Bréfritari: Stefanía Siggeirsdóttir
Viðtakandi: Páll Pálsson
Dagsetning: A-1868-07-06
Skrifað á: Hraungerði  Árn.
Stefanía var bróðurdóttir Páls Pálssonar

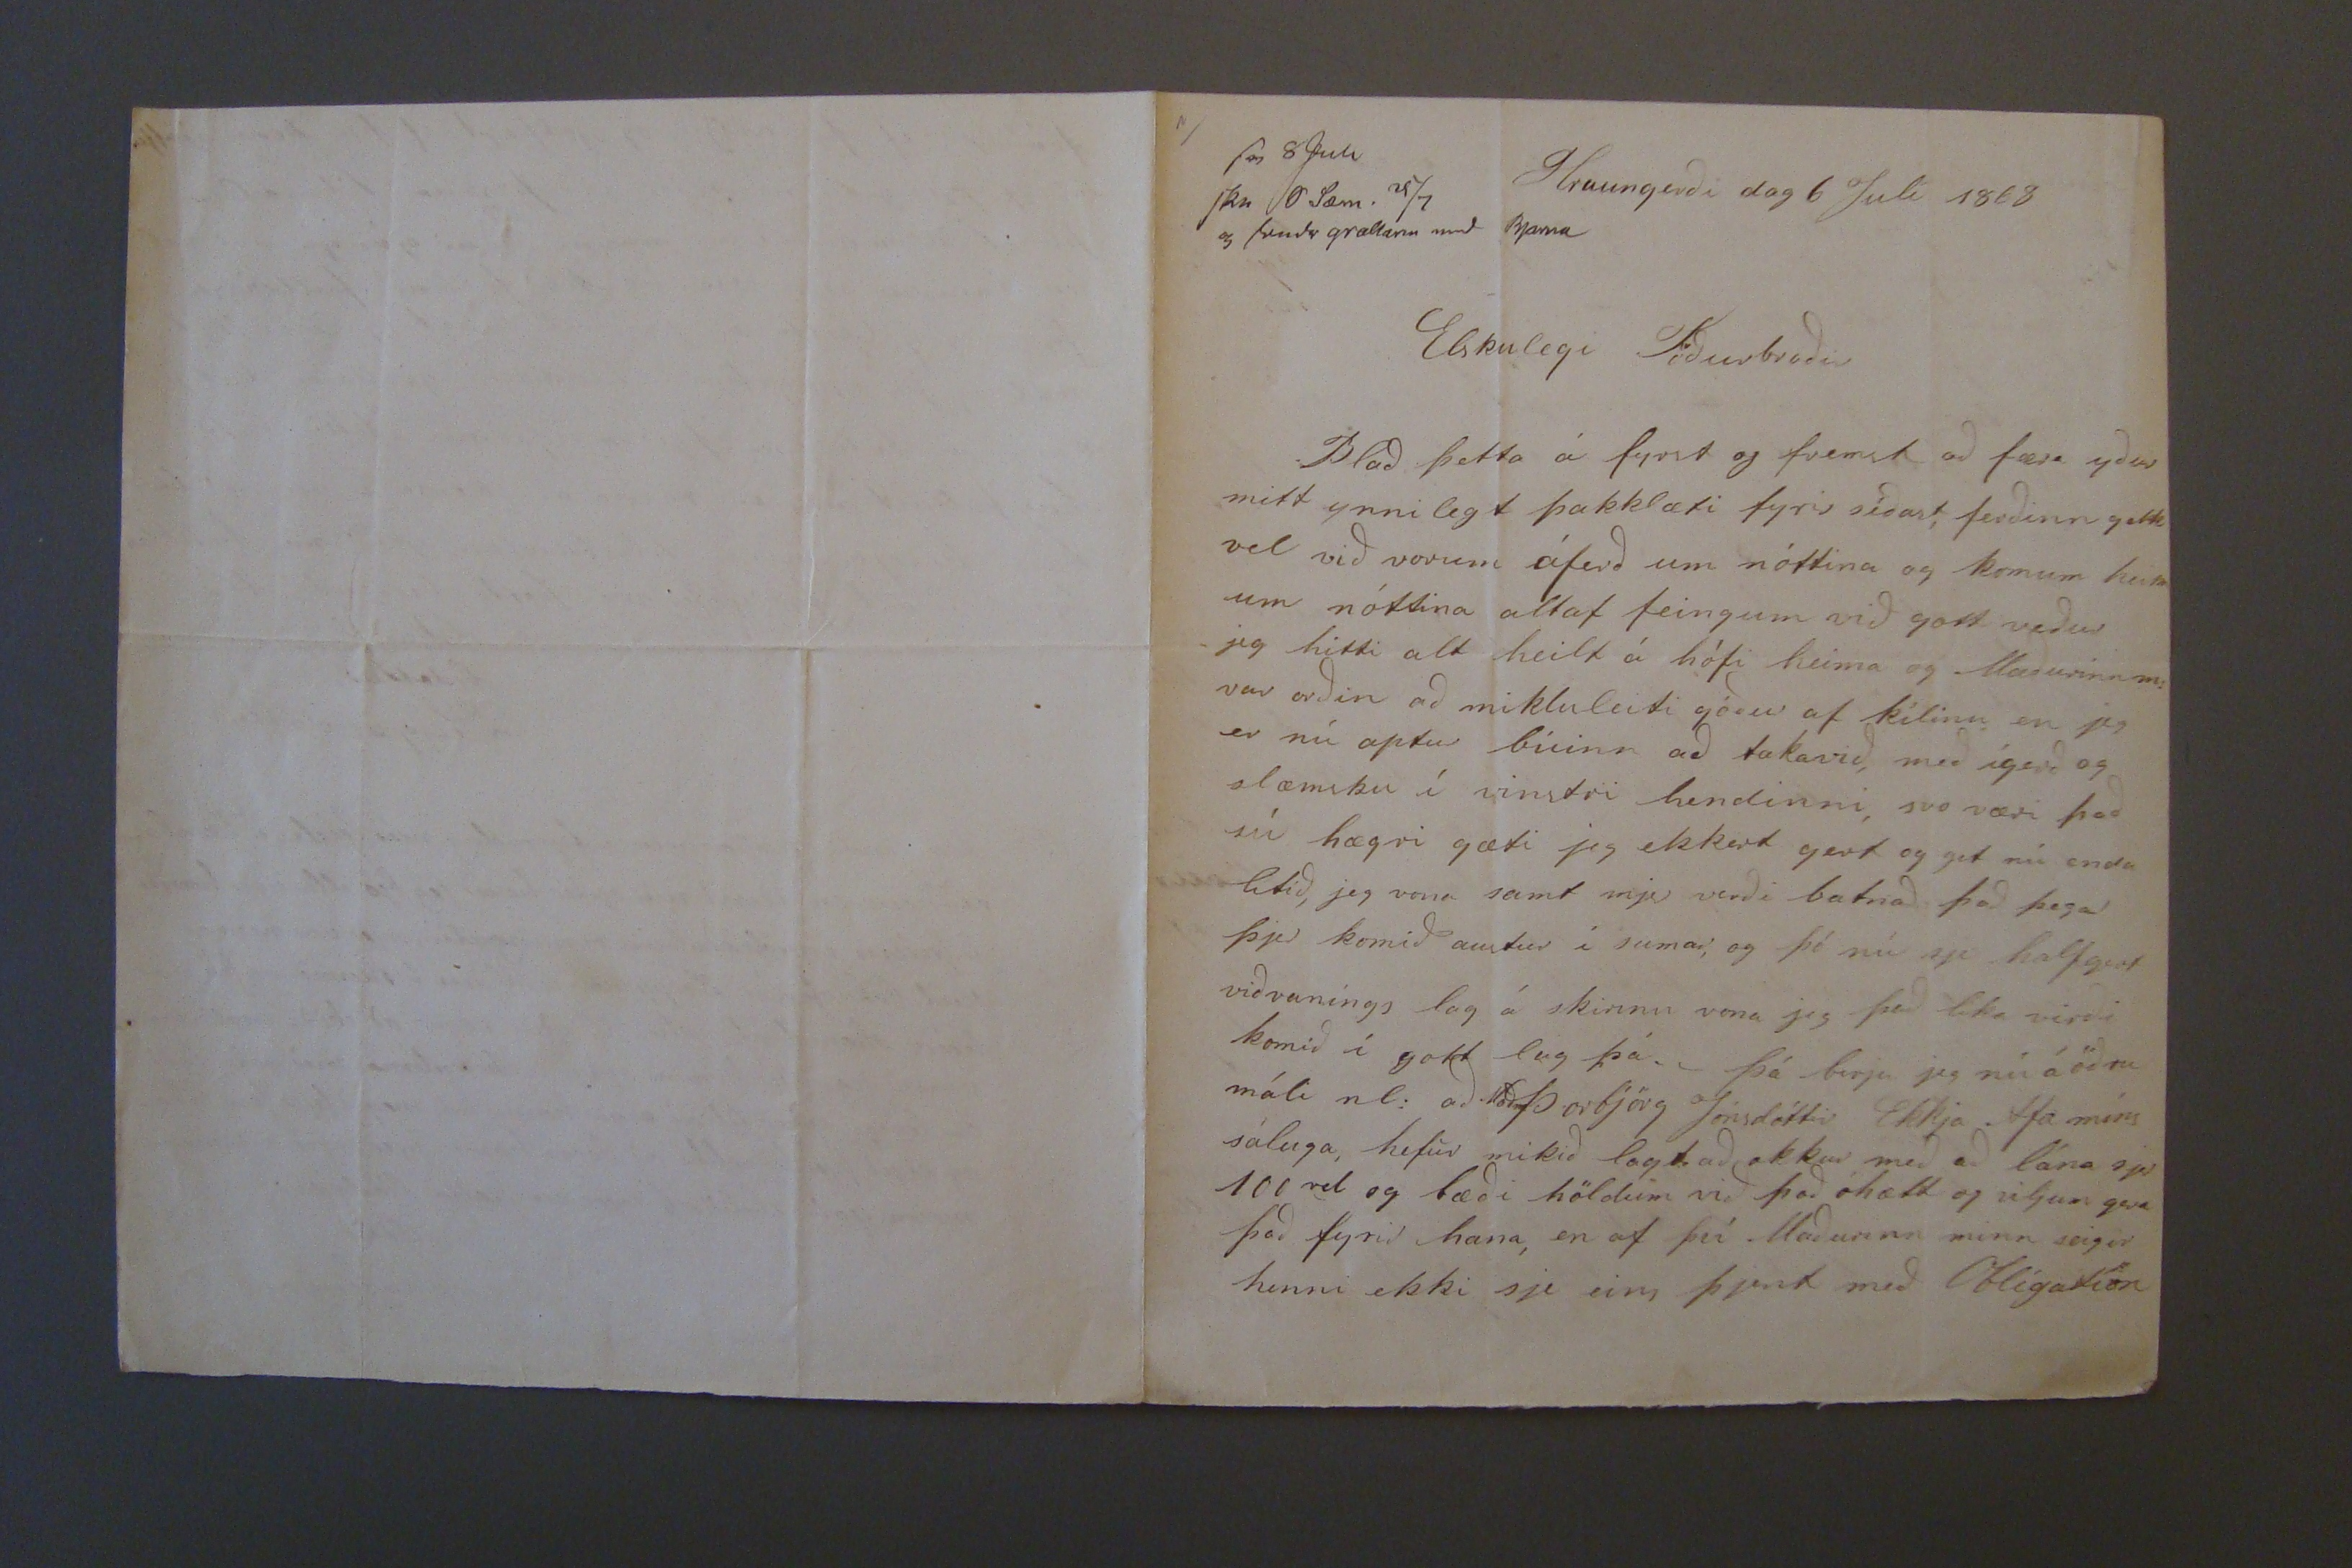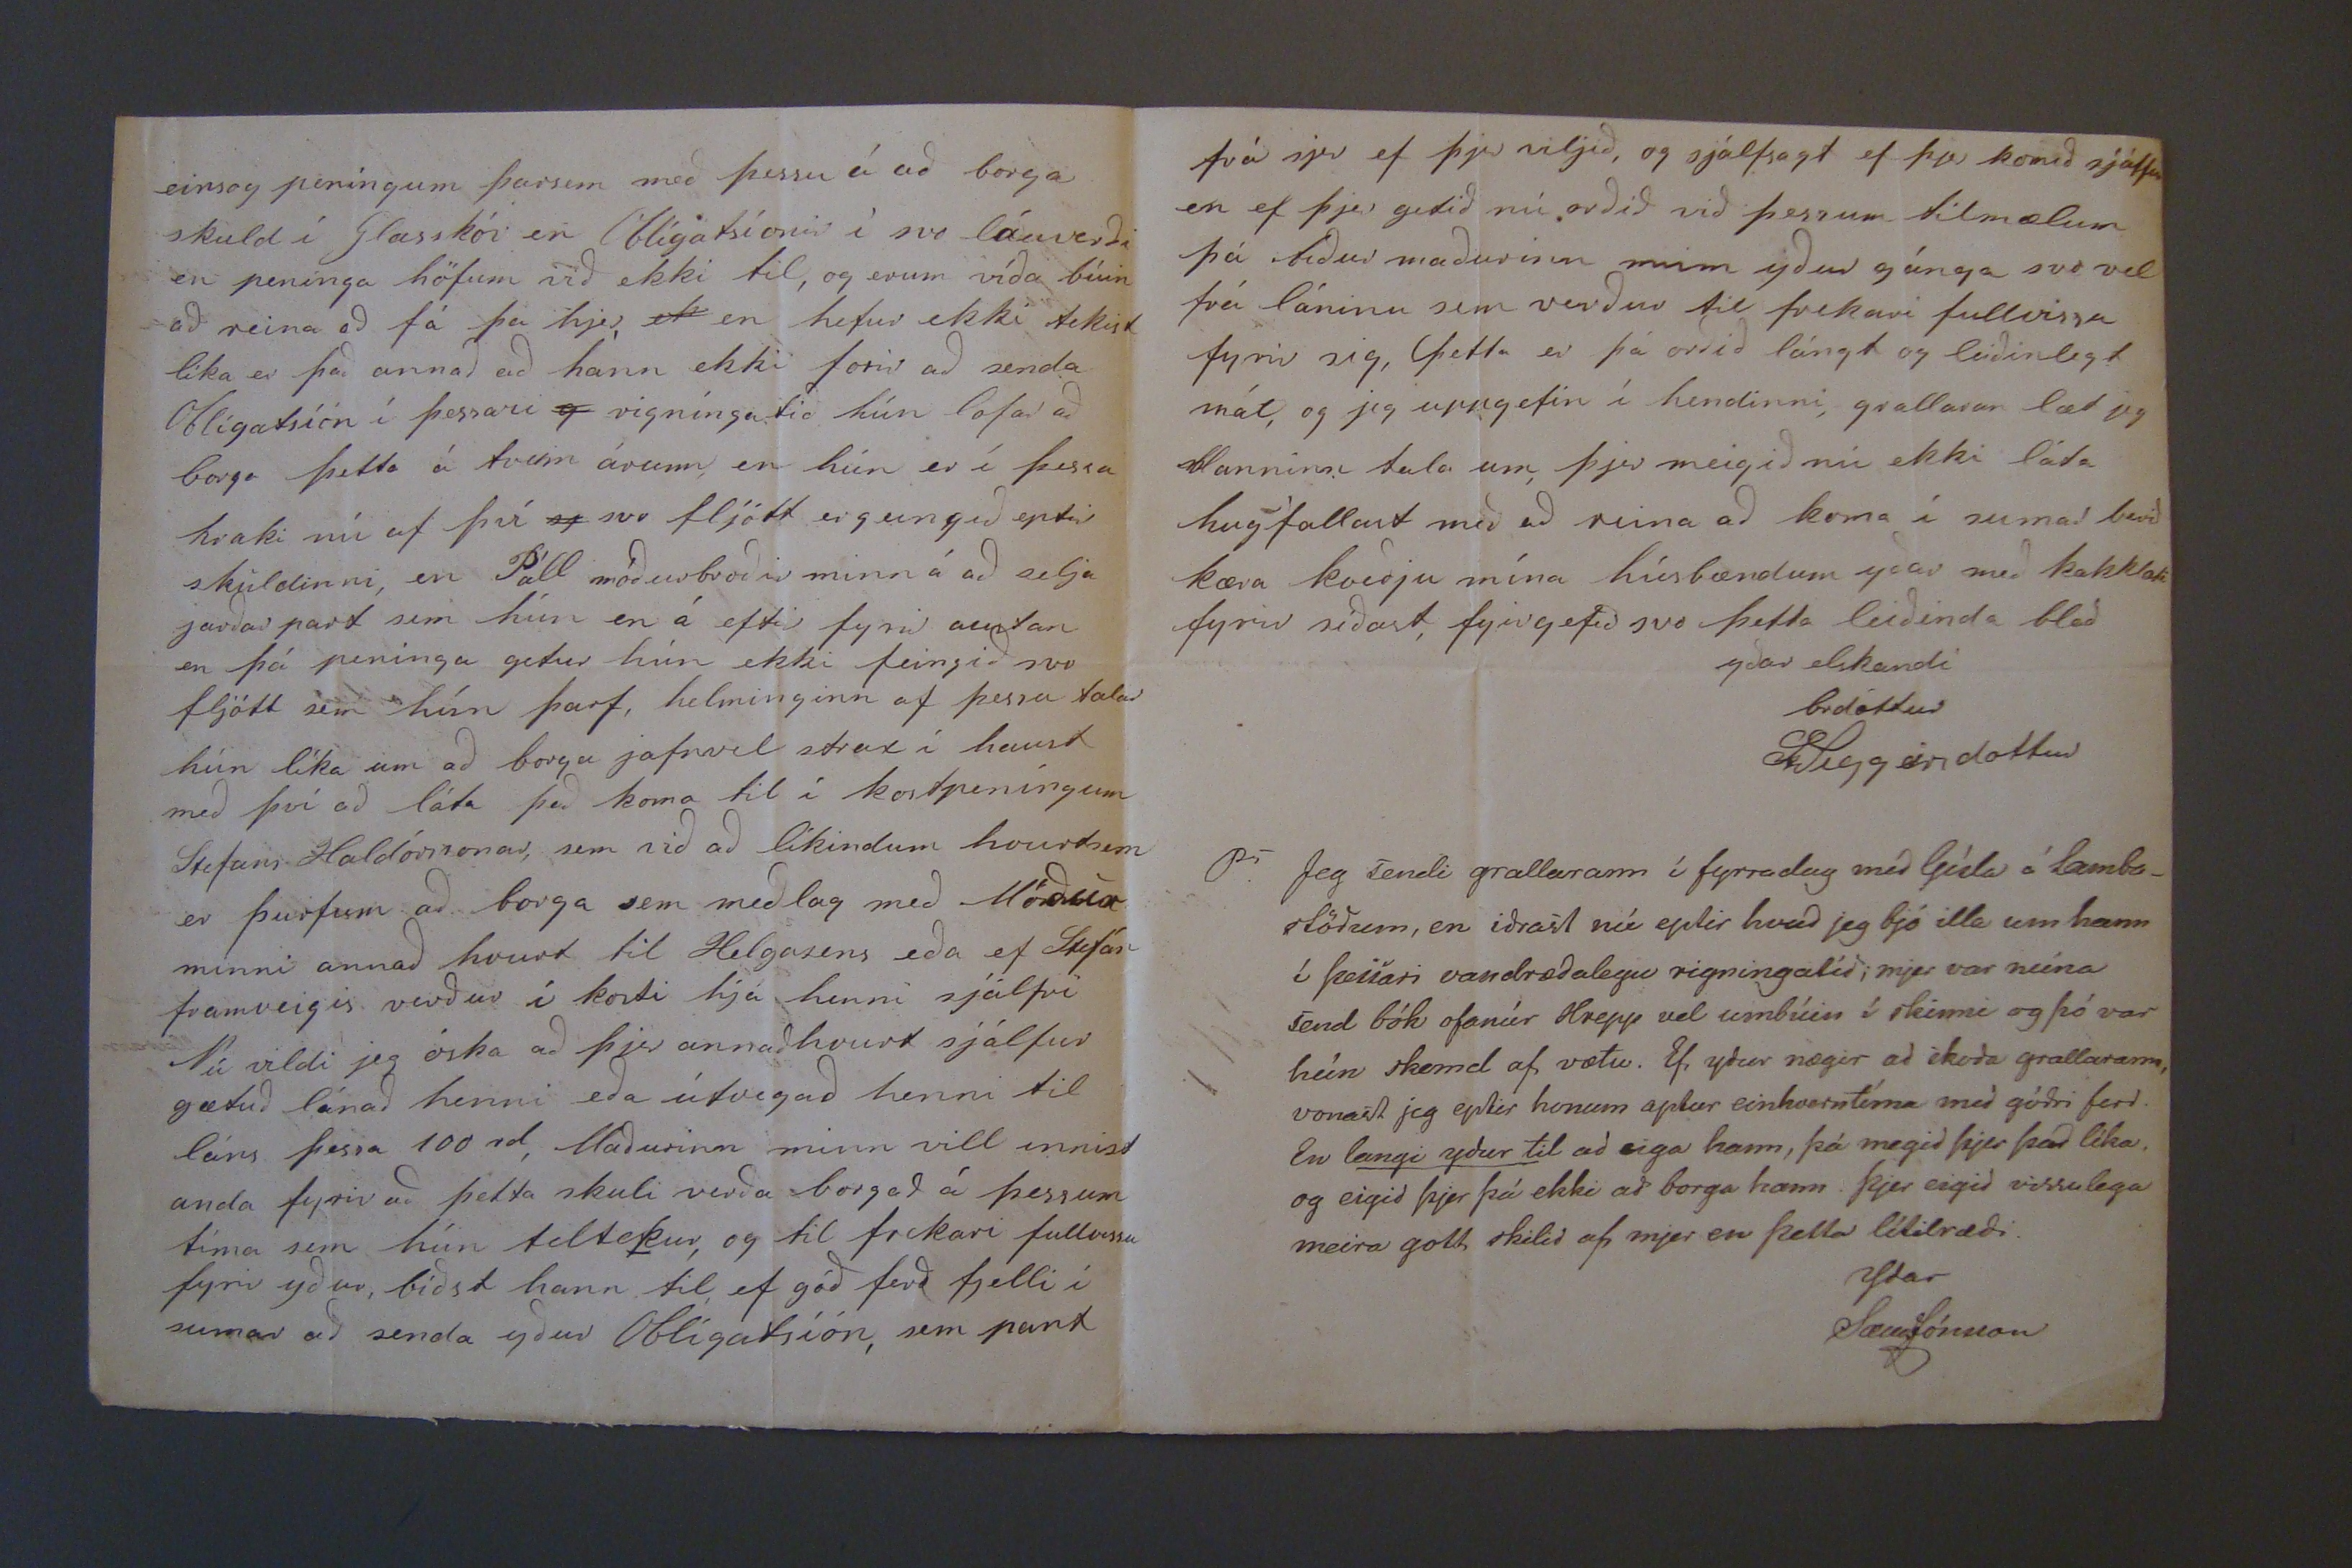

sv 8 Juli skr
Ö Sæm. 28/7 og sendt grallann med Bjarna
Hraungerði dag 6 Julí 1868
Elskulegi Föðurbroðir
Blað þetta á fyrst og fremst að færa yður mitt ynnilegt þakklæti fyrir síðast, ferðinn gekk vel við vorum áferð um nóttina og komum heim um nóttina altaf feingum við gott veður jeg hitti alt heilt á hófi heima og Maðurinn m: var orðin að miklu leiti góður af kílinu en jeg er nú aptur búinn að takavið, með ígerð og slæmsku í vinstri hendinni, svo væri það sú hægri gæti jeg ekkert gert og get nú enda lítið, jeg vona samt mjer verði batnað það þegar þjer komið austur í sumar, og þó nú sje halfgert viðvaníngs lag á skinnu vona jeg það líka virði komið í gott lag þá._ þá birja jeg nú á öðru máli nl: að Madm Þorbjörg Jónsdóttir Ekkja Afa míns sáluga, hefur mikið lagt að okkur með að lána sjer 100 rd og bæði höldum við það óhætt og viljum gera það fyrir hana, en af því Maðurinn minn seigir henni ekki sje eins þj
ert
með Oblígatíon
einsog peníngum þarsem með þessu á að borga skuld í
Glasskói
en Oblígatsíonir í svo láuverði en penínga höfum við ekki til, og erum víða búin að reina að fá þa hjer,
ek
en hefur ekki tekist líka er það annað að hann ekki þorir að senda Oblígatsíón í þessari
g
rigníngatíð hún lofar að borga þetta á tveim árum, en hún er í þessu hraki nú af því
og
svo fljótt er geingið eptir skuldinni, en Páll móðurbroðir minn á að selja jarðarpart sem hún en á eftir fyrir austan en þá penínga getur hún ekki feingið svo fljótt sem hún þarf, helminginn af þessu talar hún líka um að borga jafnvel strax í haust með því að láta það koma til í kostpeníngum Stefans Haldórssonar, sem við að líkindum hvurtsem er þurfum að borga sem meðlag með Móður minni annað hvurt til Helgasens eða ef Stefán framveigis verður í kosti hjá henni sjálfri Nú vildi jeg óska að þjer annaðhvurt sjálfur gætuð lánað henni eða útvegað henni til láns þessa 100 rd, Maðurinn minn vill innist anda fyrir að þetta skuli verða borgað á þessum tíma sem hún tiltekur, og til frekari fullvissu fyrir yður, biðst hann til, ef góð ferð fjelli í sumar að senda yður Oblígatsíón, sem part
frá sjer ef þjer viljið, og sjálfsagt ef þjer komið sjálfur en ef þjer getið nú orðið við þessum tilmælum þá biður maðurinn minn yður gánga svo vel frá láninu sem verður til frekari fullvissu fyrir sig, Þetta er þá orðið lángt og leiðinlegt mál, og jeg uppgefin í hendinni, grallaran læt jeg Manninn tala um þjer meigið nú ekki láta hugfallast með að reina að koma í sumar berið kæra kveðju mína húsbændum yðar með þakklæti fyrir síðast, fyrirgefið svo þetta leiðinda blað
yðar elskandi brdóttur
St Siggeirsdottur
Ps Jeg sendi grallarann í fyrradag með Gísla á Lamba_ stöðum, en iðrast nú eptir hvað jeg bjó illa um hann í þessari vandræðalegu rigningatíð; mjer var núna send bók ofanúr Hrepp vel umbúin í skinni og þó var hún skemd af vætu. Ef yður nægir að skoða grallarann, vonast jeg eptir honum aptur einhverntíma með góðri ferd. En langi ydur til ad eiga hann, þá megid þjer það líka, og eigid þjer þá ekki að borga hann. Þjer eigid vissulega meira gott, skilid af mjer en þetta lítilræði
Ydar SæmJónsson